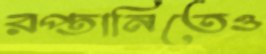
রপ্তানিতেও